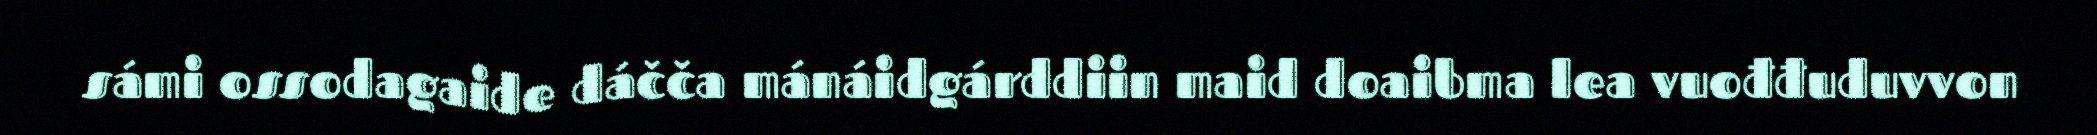
sámi ossodagaide dáčča mánáidgárddiin maid doaibma lea vuođđuduvvon